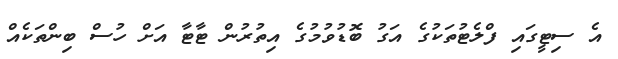
އެ ސިޓީގައި ފްލެޓުތަކުގެ އަގު ބޮޑުވުމުގެ އިތުރުން ޓާޓާ އަށް ހުސް ބިންތަކެއް